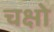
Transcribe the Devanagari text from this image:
चक्षो